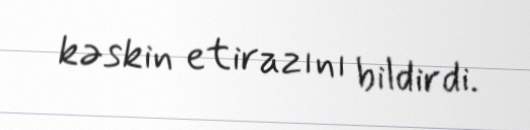
kəskin etirazını bildirdi.